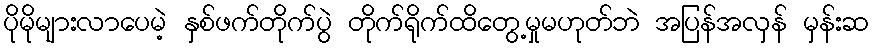
ပိုမိုများလာပေမဲ့ နှစ်ဖက်တိုက်ပွဲ တိုက်ရိုက်ထိတွေ့မှုမဟုတ်ဘဲ အပြန်အလှန် မှန်းဆ